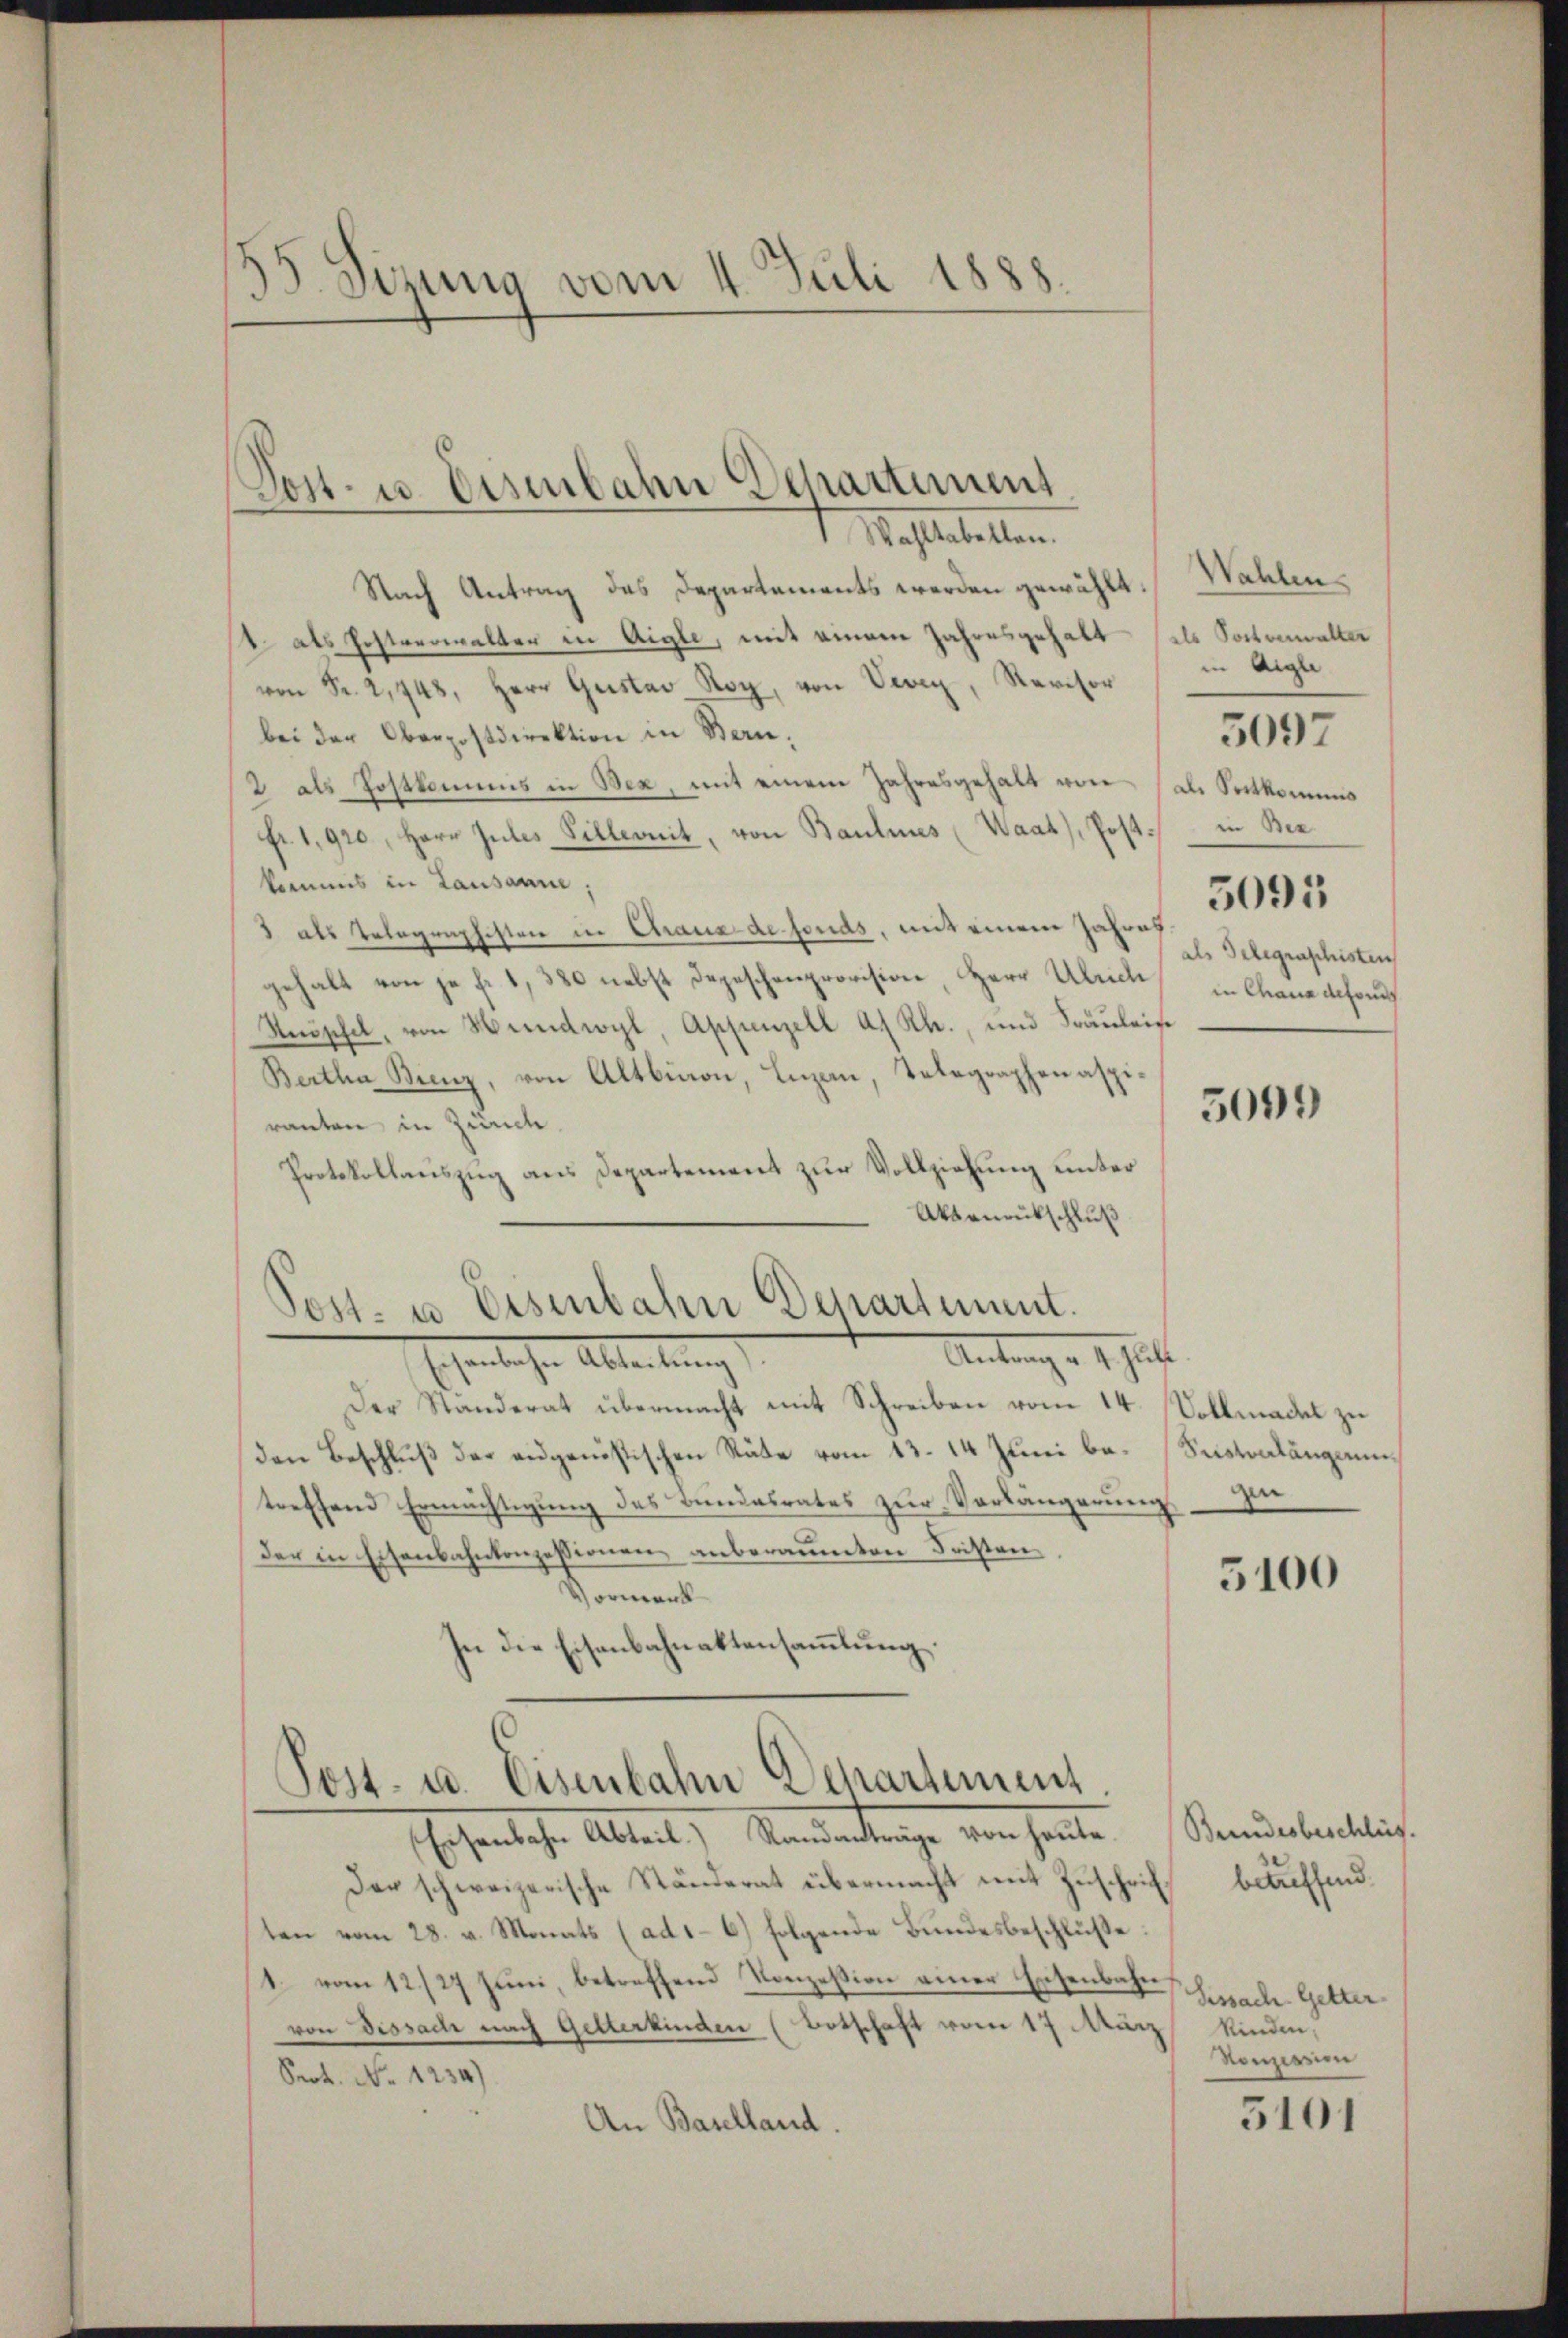
35. Sizung vom 4. Juli 1888.

Post- u. Eisenbahn Departiment

I Mahlestellen.
Nach Antrag des Departements werden gewählt
1 als Postverwalter in Aigle, mit einem Jahresgehalt (als Sortenwalter
von Fr. 2,448, Herr Gustav Roy, von Vevey, Revisor
bei der Oberpostdirektion in Bern,
/2 als Postkommis in Bex, mit einem Jahresgehalt von als Sortkommis
Fr. 1920, Herr Jules Villeonit, von Baulines (Waat), Post
kommis in Lausanne;
3 als Telegraphisten in Chaus de fonds, mit einem Jahres
gehalt von je fr. 1, 380 nebst Depeschenprovision, Herr Ulrich
Nöschel, von Handwyl, Appenzell A. Rh., und Fräuleise
Bertha Binz, von Altbion, Luzern, Telegraphenaspiranten in Zürich.
Protokollauszug aus Departement zur Vollziehung unter
Akbrurückschluß
Post- u Eisenbahn Departement.
Antrag a. Schut
Ehelichen Ableitung
Der Standerat übermacht mit Schreiben vom 14. Vollmacht zu
Den Beschluß der eidgenössischen Räte vom 13. 14 Juni be- Sustonlängeruntreffend Ermächtigung des Bundesrates zur Verlängerung
der in Eisenbahnkonzessionen anberaumten Fristen,
Vormerk
In die Eisenbahnaktensammlung.

Post- u. Eisenbahn Departement
hohensche Abteil, Namentrage von heute

Wahlen
in Aigle
in Bez
3095
als Gelegraphisten
in Chana detonung

Der schweizerische Ständerat übermacht mit Zuschriften vom 28. v. Monats (ad.- 6) folgende Bundesbeschlüße
1. vom 12/27 Juni, betreffend Konzession einer Eisenbahn
von Dissach nach Gelterkinden (Botschaft vom 17 März
Sect. No 1234)
An Baselland.

3097

5009

zur

5100

Bundesbeschlus
bäuffend.
Gessach. Getter
Kinden.
Konzession

5101